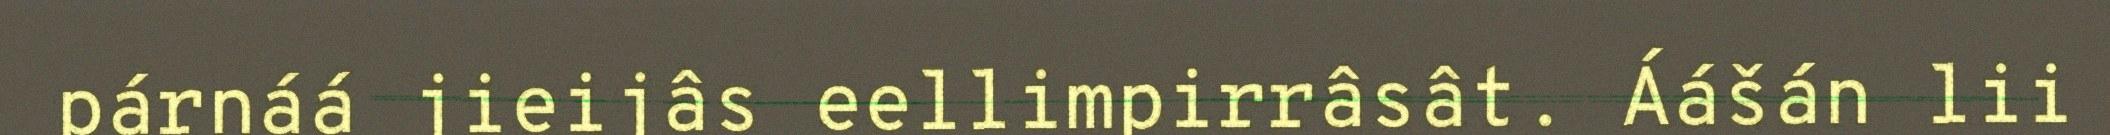
párnáá jieijâs eellimpirrâsât. Áášán lii